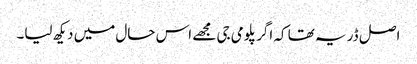
اصل ڈر یہ تھا کہ اگر پلومی جی مجھے اس حال میں دیکھ لیا۔